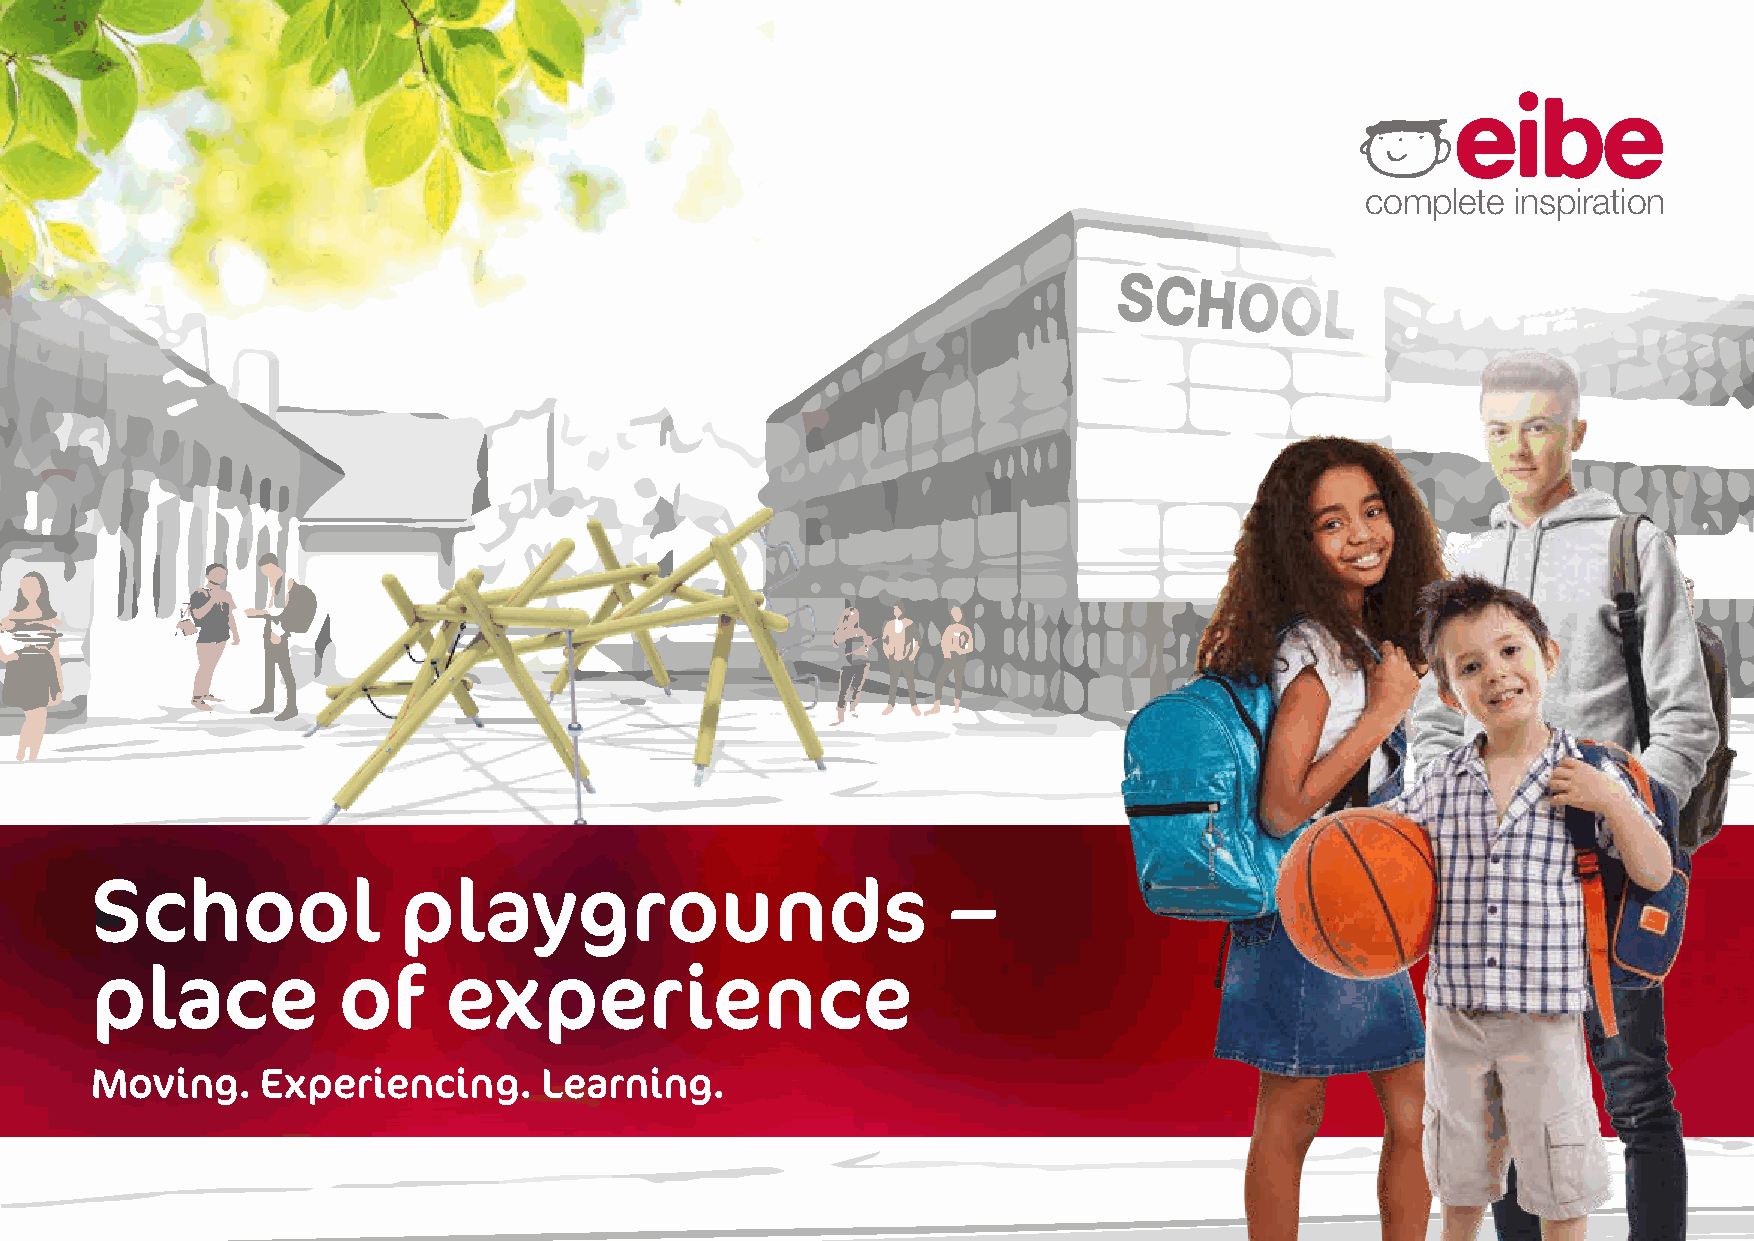
complete  inspiration
 SCHOOL
 School              playgrounds                          –
 place           of     experience
 Moving.    Experiencing.      Learning.